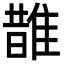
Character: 䧿